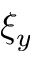
\xi _ { y }